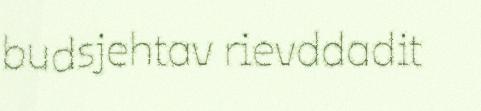
budsjehtav rievddadit